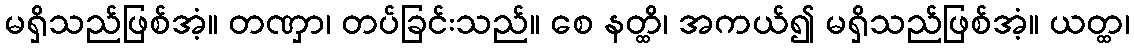
မရှိသည်ဖြစ်အံ့။ တဏှာ၊ တပ်ခြင်းသည်။ စေ နတ္ထိ၊ အကယ်၍ မရှိသည်ဖြစ်အံ့။ ယတ္ထ၊